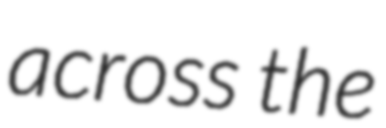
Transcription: across the